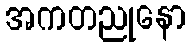
အကတညုနော